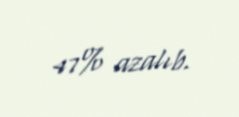
47% azalıb.